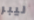
ليبر